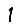
Digit: 1